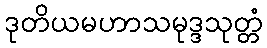
ဒုတိယမဟာသမုဒ္ဒသုတ္တံ